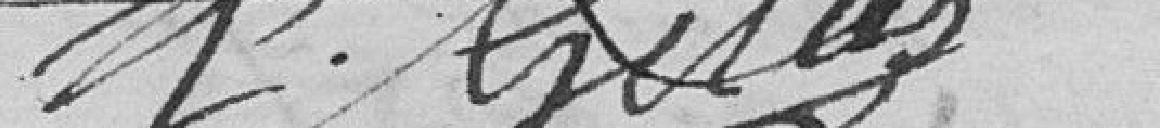
G. Gilly